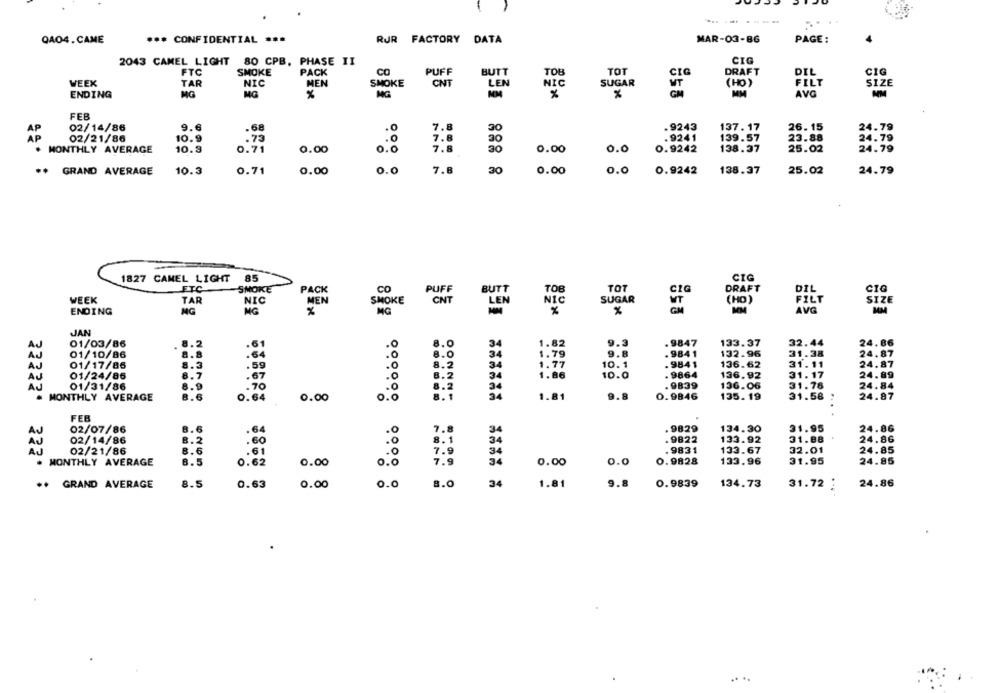
QA04. CAME
*** CONFIDENTIAL ...
RJR FACTORY DATA
MAR-03-86
PAGE:
2043 CAMEL LIGHT 80 CPB, PHASE II
CIG
FTC
SMOKE
PACK
CO
PUFF
BUTT
TOB
TOT
DRAFT
DIL
CIG
WEEK
TAR
NIC
MEN
SMOKE
CNT
LEN
SUGAR
(HO)
FILT
SIZE
NIC
UT
ENDING
MG
MG
%
MG
MM
GM
MM
AVG
NM
FEB
9.
02/14/86
.68
.0
7.8
.9243
137. 17
26. 15
24.79
AP
02/21/86
10.9
7.8
30
.9241
139.57
23.88
24.79
.73
MONTHLY AVERAGE
10.3
0.71
0.00
0.0
7.8
30
0.00
0.0
0.9242
138.37
25.02
24.79
GRAND AVERAGE
10.3
0.71
0.00
0.0
7.8
30
0.00
0.0
0.9242
138.37
25.02
24.79
85
CIG
1827 CAMEL LIGHT
ETC
SMOKE
PACK
CO
PUFF
BUTT
TOB
TOT
CIG
DRAFT
DIL
SUGAR
SIZE
WEEK
TAR
NIC
MEN
SMOKE
CNT
LEN
NIC
WT
(HO)
FILT
ENDING
NG
MG
MG
%
AVG
JAN
01/03/86
8.2
34
1.82
9.3
. 9847
133.37
32.44
24.86
AU
01/10/86
a.a
.64
9.8
. 9841
132.96
31.38
24.87
1.79
AJ
01/17/86
8.3
.59
.0
34
1.77
10.1
.9841
136.62
31.11
24.87
8.7
10.0
. 9864
31. 17
24.89
AU
01/24/86
.67
.0
34
1.86
136.92
01/31/86
8.9
.70
.0
. 9839
136.06
31.78
24.84
0.0
MONTHLY AVERAGE
0.64
0.00
1.81
9.8
0.9846
135. 19
31.58
24.87
FEB
02/07/86
8.6
64
7.8
.9829
134.30
31.95
24.86
31.88 '
02/14/86
8. 2
.60
. 9822
133.92
24.86
02/21/86
8.6
.61
. 9831
133.67
32.01
24.85
AJ
34
22222. 322'
MONTHLY AVERAGE
8.5
0.62
0.00
7.9
0.00
0.0
0.9828
133.96
31.95
24.85
o.o
.. GRAND AVERAGE
8.5
0.63
0.00
0.0
8.0
34
1.81
9.8
0.9839
134.73
31.72 :
24.86
. ..